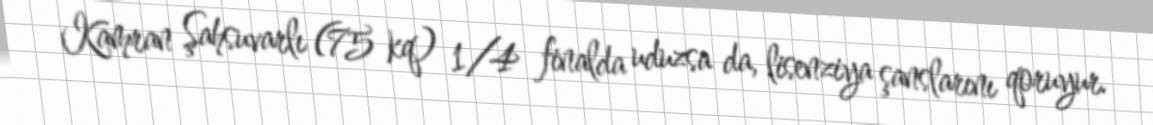
Kamran Şahsuvarlı (75 kq) 1/4 finalda uduzsa da, lisenziya şanslarını qoruyur.